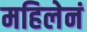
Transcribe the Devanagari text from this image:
महिलेनं